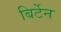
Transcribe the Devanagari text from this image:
बिर्टेन